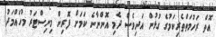
އޮތް ރަހުމަތްތެރިކަމުގެ ގުޅުން އަދިވެސް ދެމި އޮންނާނެ ކަމަށް ފޮރިން މިނިސްޓަރު މުހައްމަދު